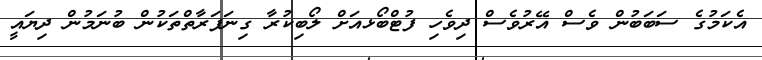
އެކަމުގެ ސަބަބުން ވެސް އޭރުވެސް ދިވެހި ފުޓްބޯޅއަށް ލޯބިކުރާ ގިނަފަރާތްތަކުން ބުނަމުން ދިޔައީ